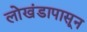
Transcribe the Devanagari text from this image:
लाेखंडापासून